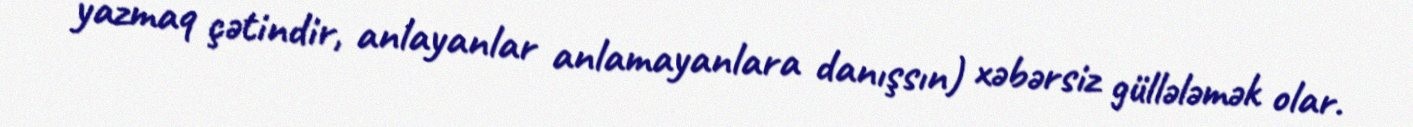
yazmaq çətindir, anlayanlar anlamayanlara danışsın) xəbərsiz güllələmək olar.